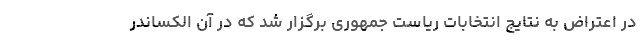
در اعتراض به نتایج انتخابات ریاست جمهوری برگزار شد که در آن الکساندر